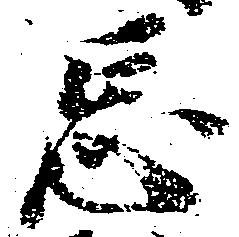
忌